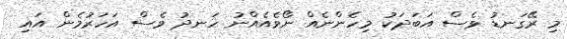
މި ރޭގަނޑު ވެސް އަބަދަކު މިހެންނެއް ނޯވެއެއްނު ހަނދު ވެސް އަހަރުމެން އައި